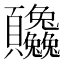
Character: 𬱒